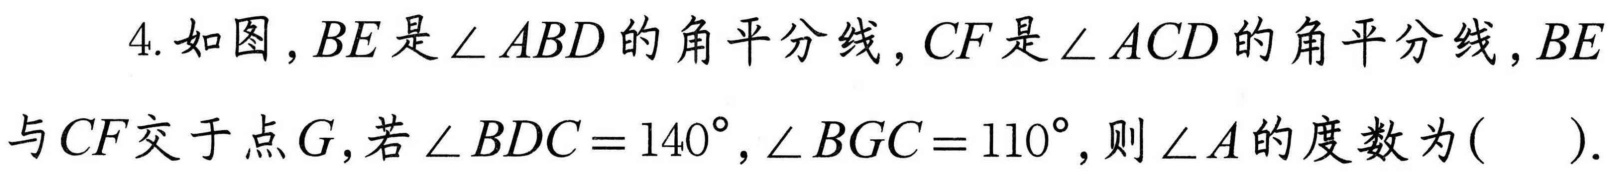
4. 如图，\(BE\)是\(\angle ABD\)的角平分线，\(CF\)是\(\angle ACD\)的角平分线，\(BE\)与\(CF\)交于点\(G\)，若\(\angle BDC = 140^{\circ},\angle BGC = 110^{\circ}\)，则\(\angle A\)的度数为( ).